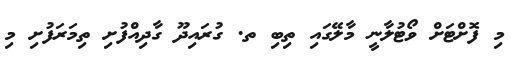
މި ފޮށްޓަށް ވޯޓުލާނީ މާލޭގައި ތިބި ތ. ގުރައިދޫ ގާދިއްފުށި ތިމަރަފުށި މި